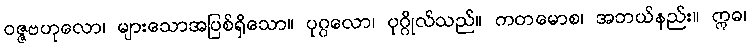
ဝဇ္ဇဗဟုလော၊ များသောအပြစ်ရှိသော။ ပုဂ္ဂလော၊ ပုဂ္ဂိုလ်သည်။ ကတမောစ၊ အဘယ်နည်း။ ဣဓ၊